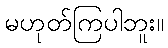
မဟုတ်ကြပါဘူး။